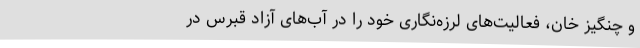
و چنگیز خان، فعالیت‌های لرزه‌نگاری خود را در آب‌های آزاد قبرس در